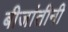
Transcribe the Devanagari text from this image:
बीजांतीनी